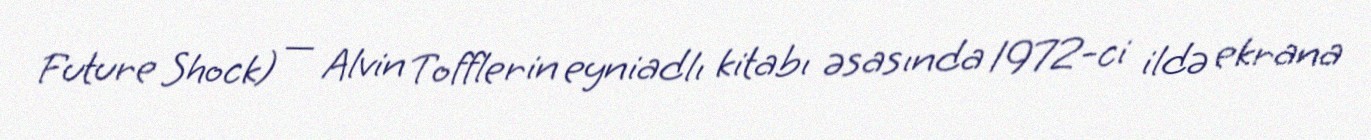
Future Shock) — Alvin Tofflerin eyniadlı kitabı əsasında 1972-ci ildə ekrana